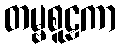
တမ္ဗစူဠကာ